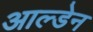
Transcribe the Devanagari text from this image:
आल्डेन